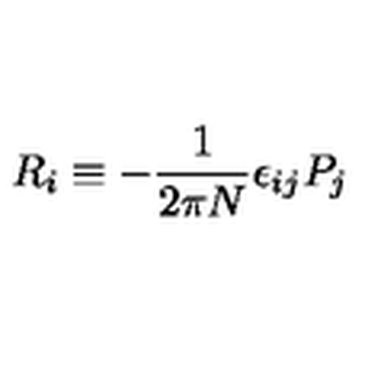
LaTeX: R _ { i } \equiv - { \frac { 1 } { 2 \pi N } } \epsilon _ { i j } P _ { j }